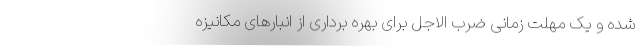
شده و یک مهلت زمانی ضرب الاجل برای بهره برداری از انبارهای مکانیزه